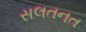
સલતનત